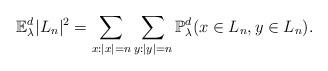
LaTeX: \begin{align*}\mathbb{E}_{\lambda}^d|L_n|^2=\sum_{x:|x|=n}\sum_{y:|y|=n}\mathbb{P}_{\lambda}^d(x\in L_n,y\in L_n).\end{align*}